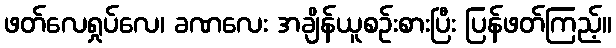
ဖတ်လေရှုပ်လေ၊ ခဏလေး အချိန်ယူစဉ်းစားပြီး ပြန်ဖတ်ကြည့်။